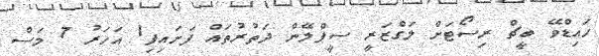
ހައިޑްވޭ ބީޗް ރިސޯޓަށް ލަގްޒަރީ ސީޕްލޭން ދަތުރުތައް ފަށައިފި1 އަހަރު 7 މަސް